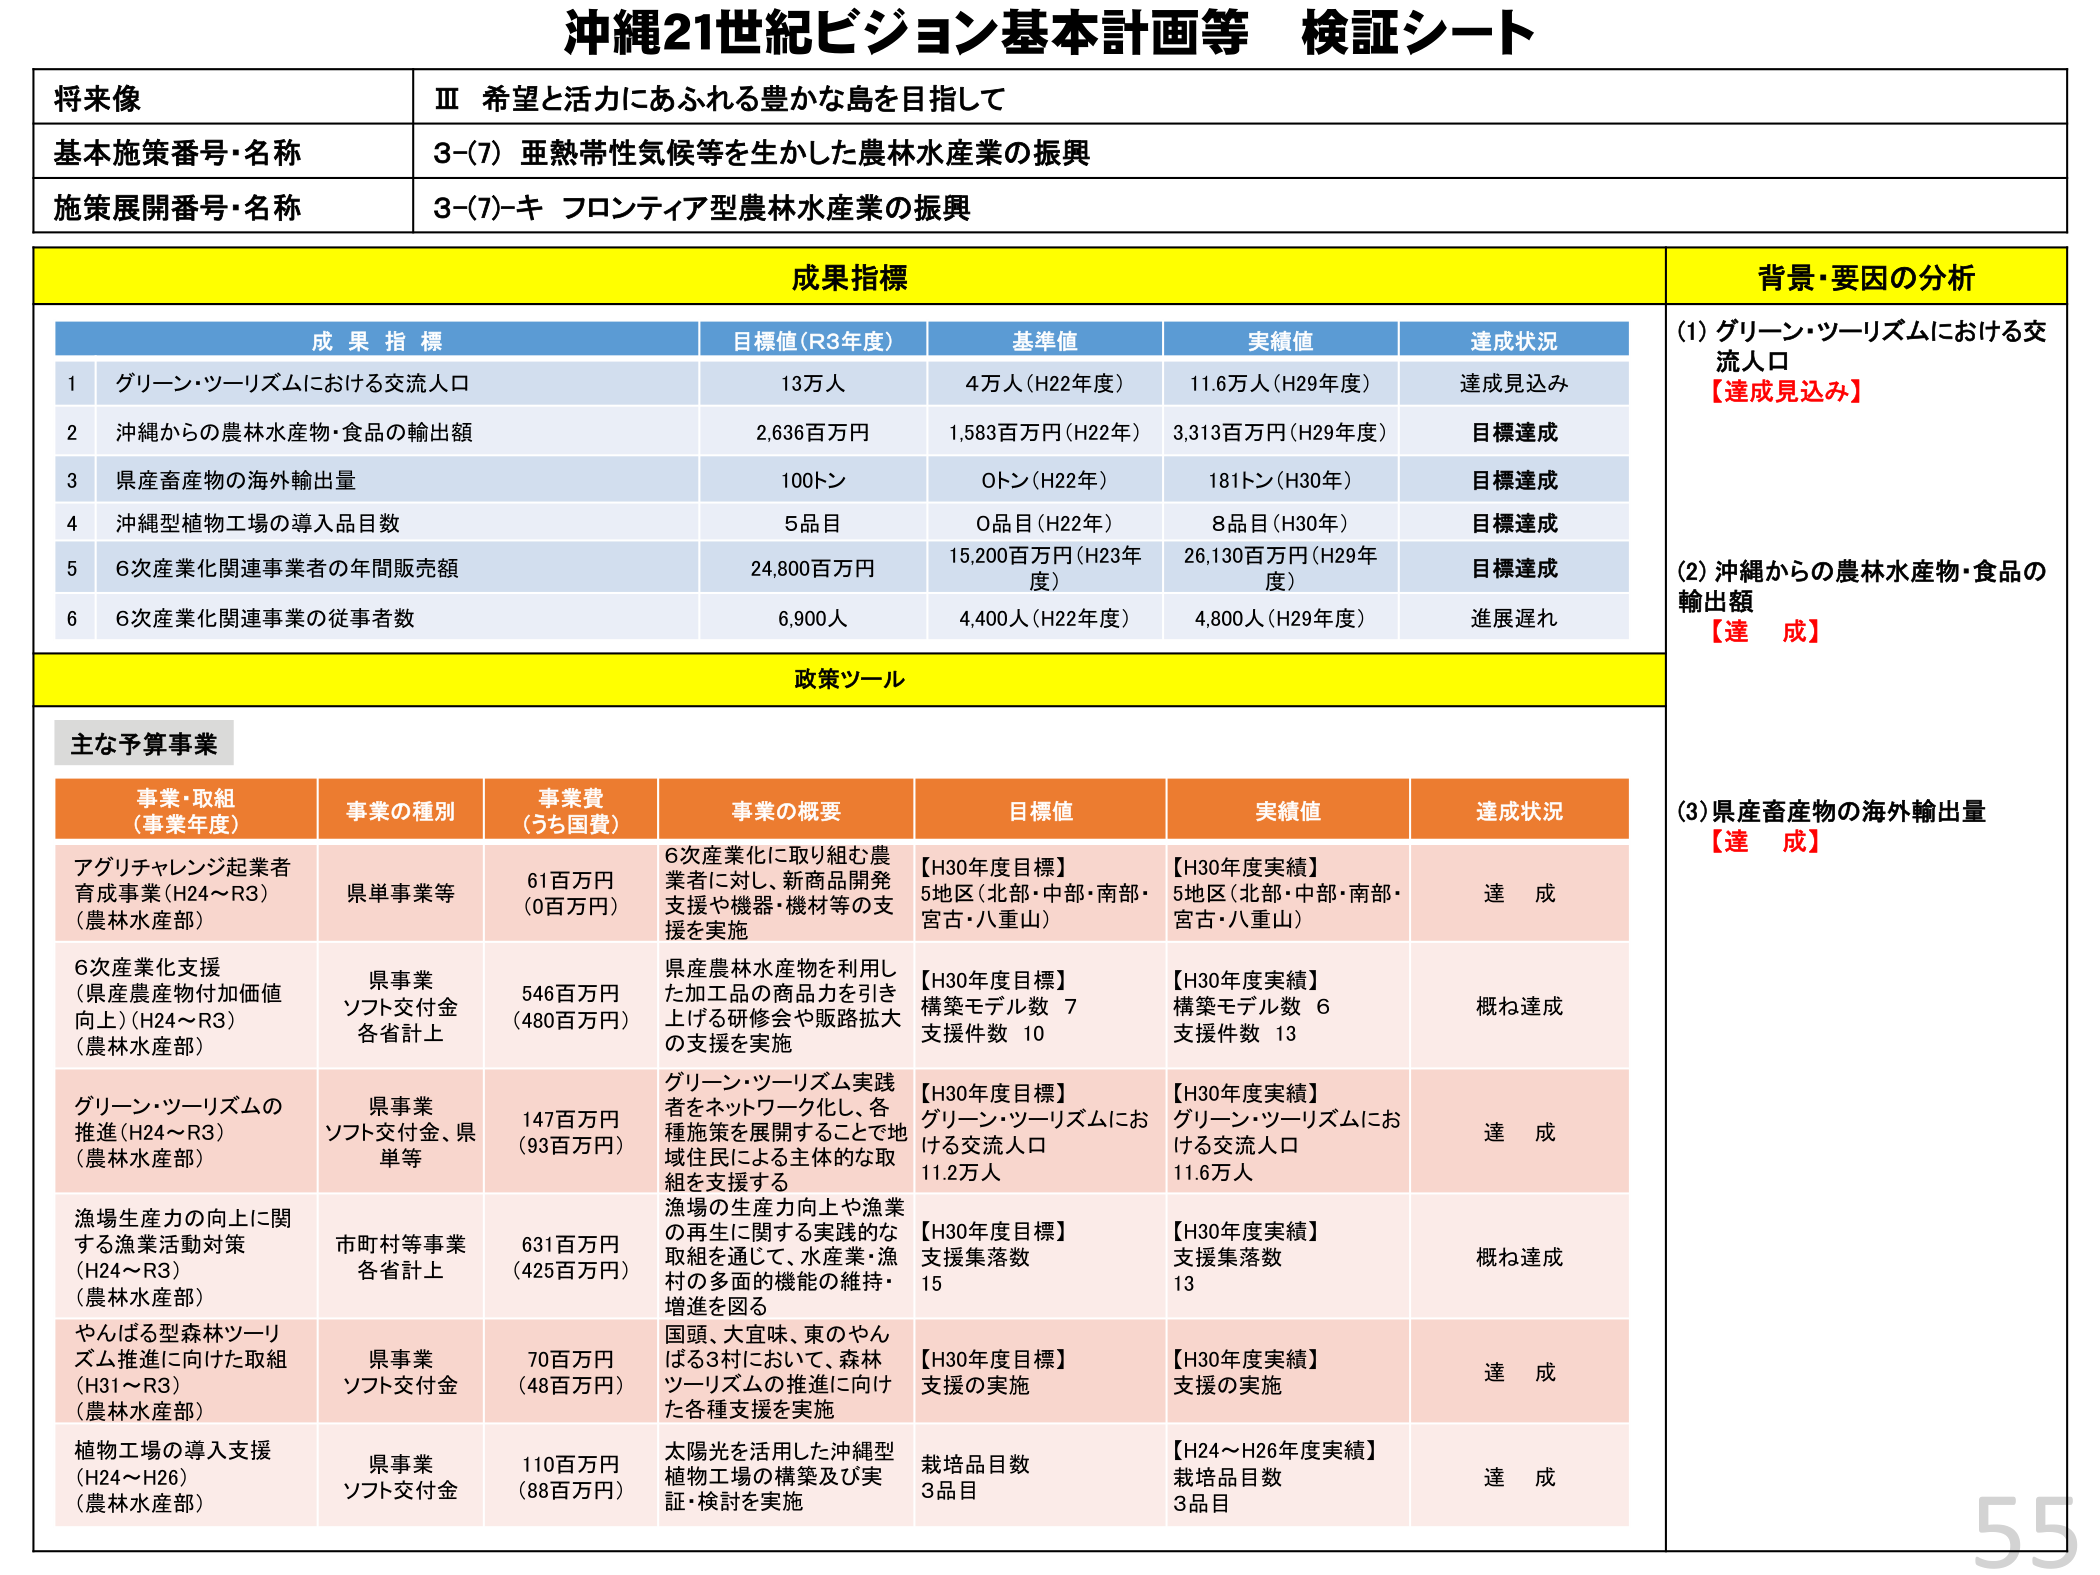
沖縄21世紀ビジョン基本計画等 検証シート

将来像
Ⅲ 希望と活力にあふれる豊かな島を目指して

基本施策番号・名称
3-(7) 亜熱帯性気候等を生かした農林水産業の振興

施策展開番号・名称
3-(7)-キ フロンティア型農林水産業の振興

成果指標

成果指標 目標値（R3年度） 基準値 実績値 達成状況
1 グリーン・ツーリズムにおける交流人口 13万人 4万人（H22年度） 11.6万人（H29年度） 達成見込み
2 沖縄からの農林水産物・食品の輸出額 2,636百万円 1,583百万円（H22年） 3,313百万円（H29年度） 目標達成
3 県産畜産物の海外輸出量 100トン 0トン（H22年） 181トン（H30年） 目標達成
4 沖縄型植物工場の導入品目数 5品目 0品目（H22年） 8品目（H30年） 目標達成
5 6次産業化関連事業者の年間販売額 24,800百万円 15,200百万円（H23年度） 26,130百万円（H29年度） 目標達成
6 6次産業化関連事業の従事者数 6,900人 4,400人（H22年度） 4,800人（H29年度） 進展遅れ

背景・要因の分析
(1) グリーン・ツーリズムにおける交流人口
【達成見込み】

(2) 沖縄からの農林水産物・食品の輸出額
【達 成】

(3) 県産畜産物の海外輸出量
【達 成】

政策ツール

主な予算事業

事業・取組（事業年度） 事業の種別 事業費（うち国費） 事業の概要 目標値 実績値 達成状況
アグリチャレンジ起業者育成事業（H24～R3）（農林水産部） 県単事業等 61百万円（0百万円） 6次産業化に取り組む農業者に対し、新商品開発支援や機器・機材等の支援を実施 【H30年度目標】5地区（北部・中部・南部・宮古・八重山） 【H30年度実績】5地区（北部・中部・南部・宮古・八重山） 達 成
6次産業化支援（県産農産物付加価値向上）（H24～R3）（農林水産部） 県事業 ソフト交付金 各省計上 546百万円（480百万円） 県産農林水産物を利用した加工品の商品力を引き上げる研修会や販路拡大の支援を実施 【H30年度目標】構築モデル数 7 支援件数 10 【H30年度実績】構築モデル数 6 支援件数 13 概ね達成
グリーン・ツーリズムの推進（H24～R3）（農林水産部） 県事業 ソフト交付金、県単等 147百万円（93百万円） グリーン・ツーリズム実践者をネットワーク化し、各種施策を展開することで地域住民による主体的な取組を支援する 【H30年度目標】グリーン・ツーリズムにおける交流人口 11.2万人 【H30年度実績】グリーン・ツーリズムにおける交流人口 11.6万人 達 成
漁場生産力の向上に関する漁業活動対策（H24～R3）（農林水産部） 市町村等事業 各省計上 631百万円（425百万円） 漁場の生産力向上や漁業の再生に関する実践的な取組を通じて、水産業・漁村の多面的機能の維持・増進を図る 【H30年度目標】支援集落数 15 【H30年度実績】支援集落数 13 概ね達成
やんばる型森林ツーリズム推進に向けた取組（H31～R3）（農林水産部） 県事業 ソフト交付金 70百万円（48百万円） 国頭、大宜味、東のやんばる3村において、森林ツーリズムの推進に向けた各種支援を実施 【H30年度目標】支援の実施 【H30年度実績】支援の実施 達 成
植物工場の導入支援（H24～H26）（農林水産部） 県事業 ソフト交付金 110百万円（88百万円） 太陽光を活用した沖縄型植物工場の構築及び実証・検討を実施 【H24～H26年度実績】栽培品目数 3品目 達 成

55